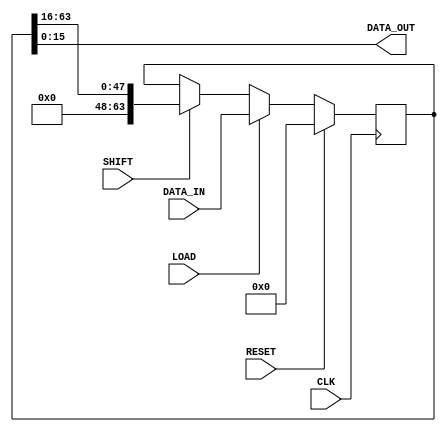
`timescale 1ns/1ps
module piso
#( // INPUT PARAMETERS
    parameter integer DATA_IN_WIDTH  = 64,
    parameter integer DATA_OUT_WIDTH = 16
)( // PORTS
    input  wire                         CLK,
    input  wire                         RESET,
    input  wire                         LOAD,
    input  wire                         SHIFT,
    input  wire [DATA_IN_WIDTH -1 : 0]  DATA_IN,
    output wire [DATA_OUT_WIDTH -1 : 0] DATA_OUT
);

// ******************************************************************
// LOCALPARAMS
// ******************************************************************
    localparam integer NUM_SHIFTS = DATA_IN_WIDTH / DATA_OUT_WIDTH;
// ******************************************************************

// ******************************************************************
// WIRES and REGS
// ******************************************************************
    reg [DATA_IN_WIDTH -1 : 0]  serial;
// ******************************************************************

assign DATA_OUT = serial [DATA_OUT_WIDTH-1:0];

always @(posedge CLK)
begin: DATA_SHIFT
    if (RESET)
        serial <= 0;
    else begin
        if (LOAD)
            serial <= DATA_IN;
        else if (SHIFT)
            //serial <= {{DATA_OUT_WIDTH{1'b0}}, serial[DATA_IN_WIDTH-1:DATA_OUT_WIDTH]};
            serial <= serial >> DATA_OUT_WIDTH;
    end
end

endmodule